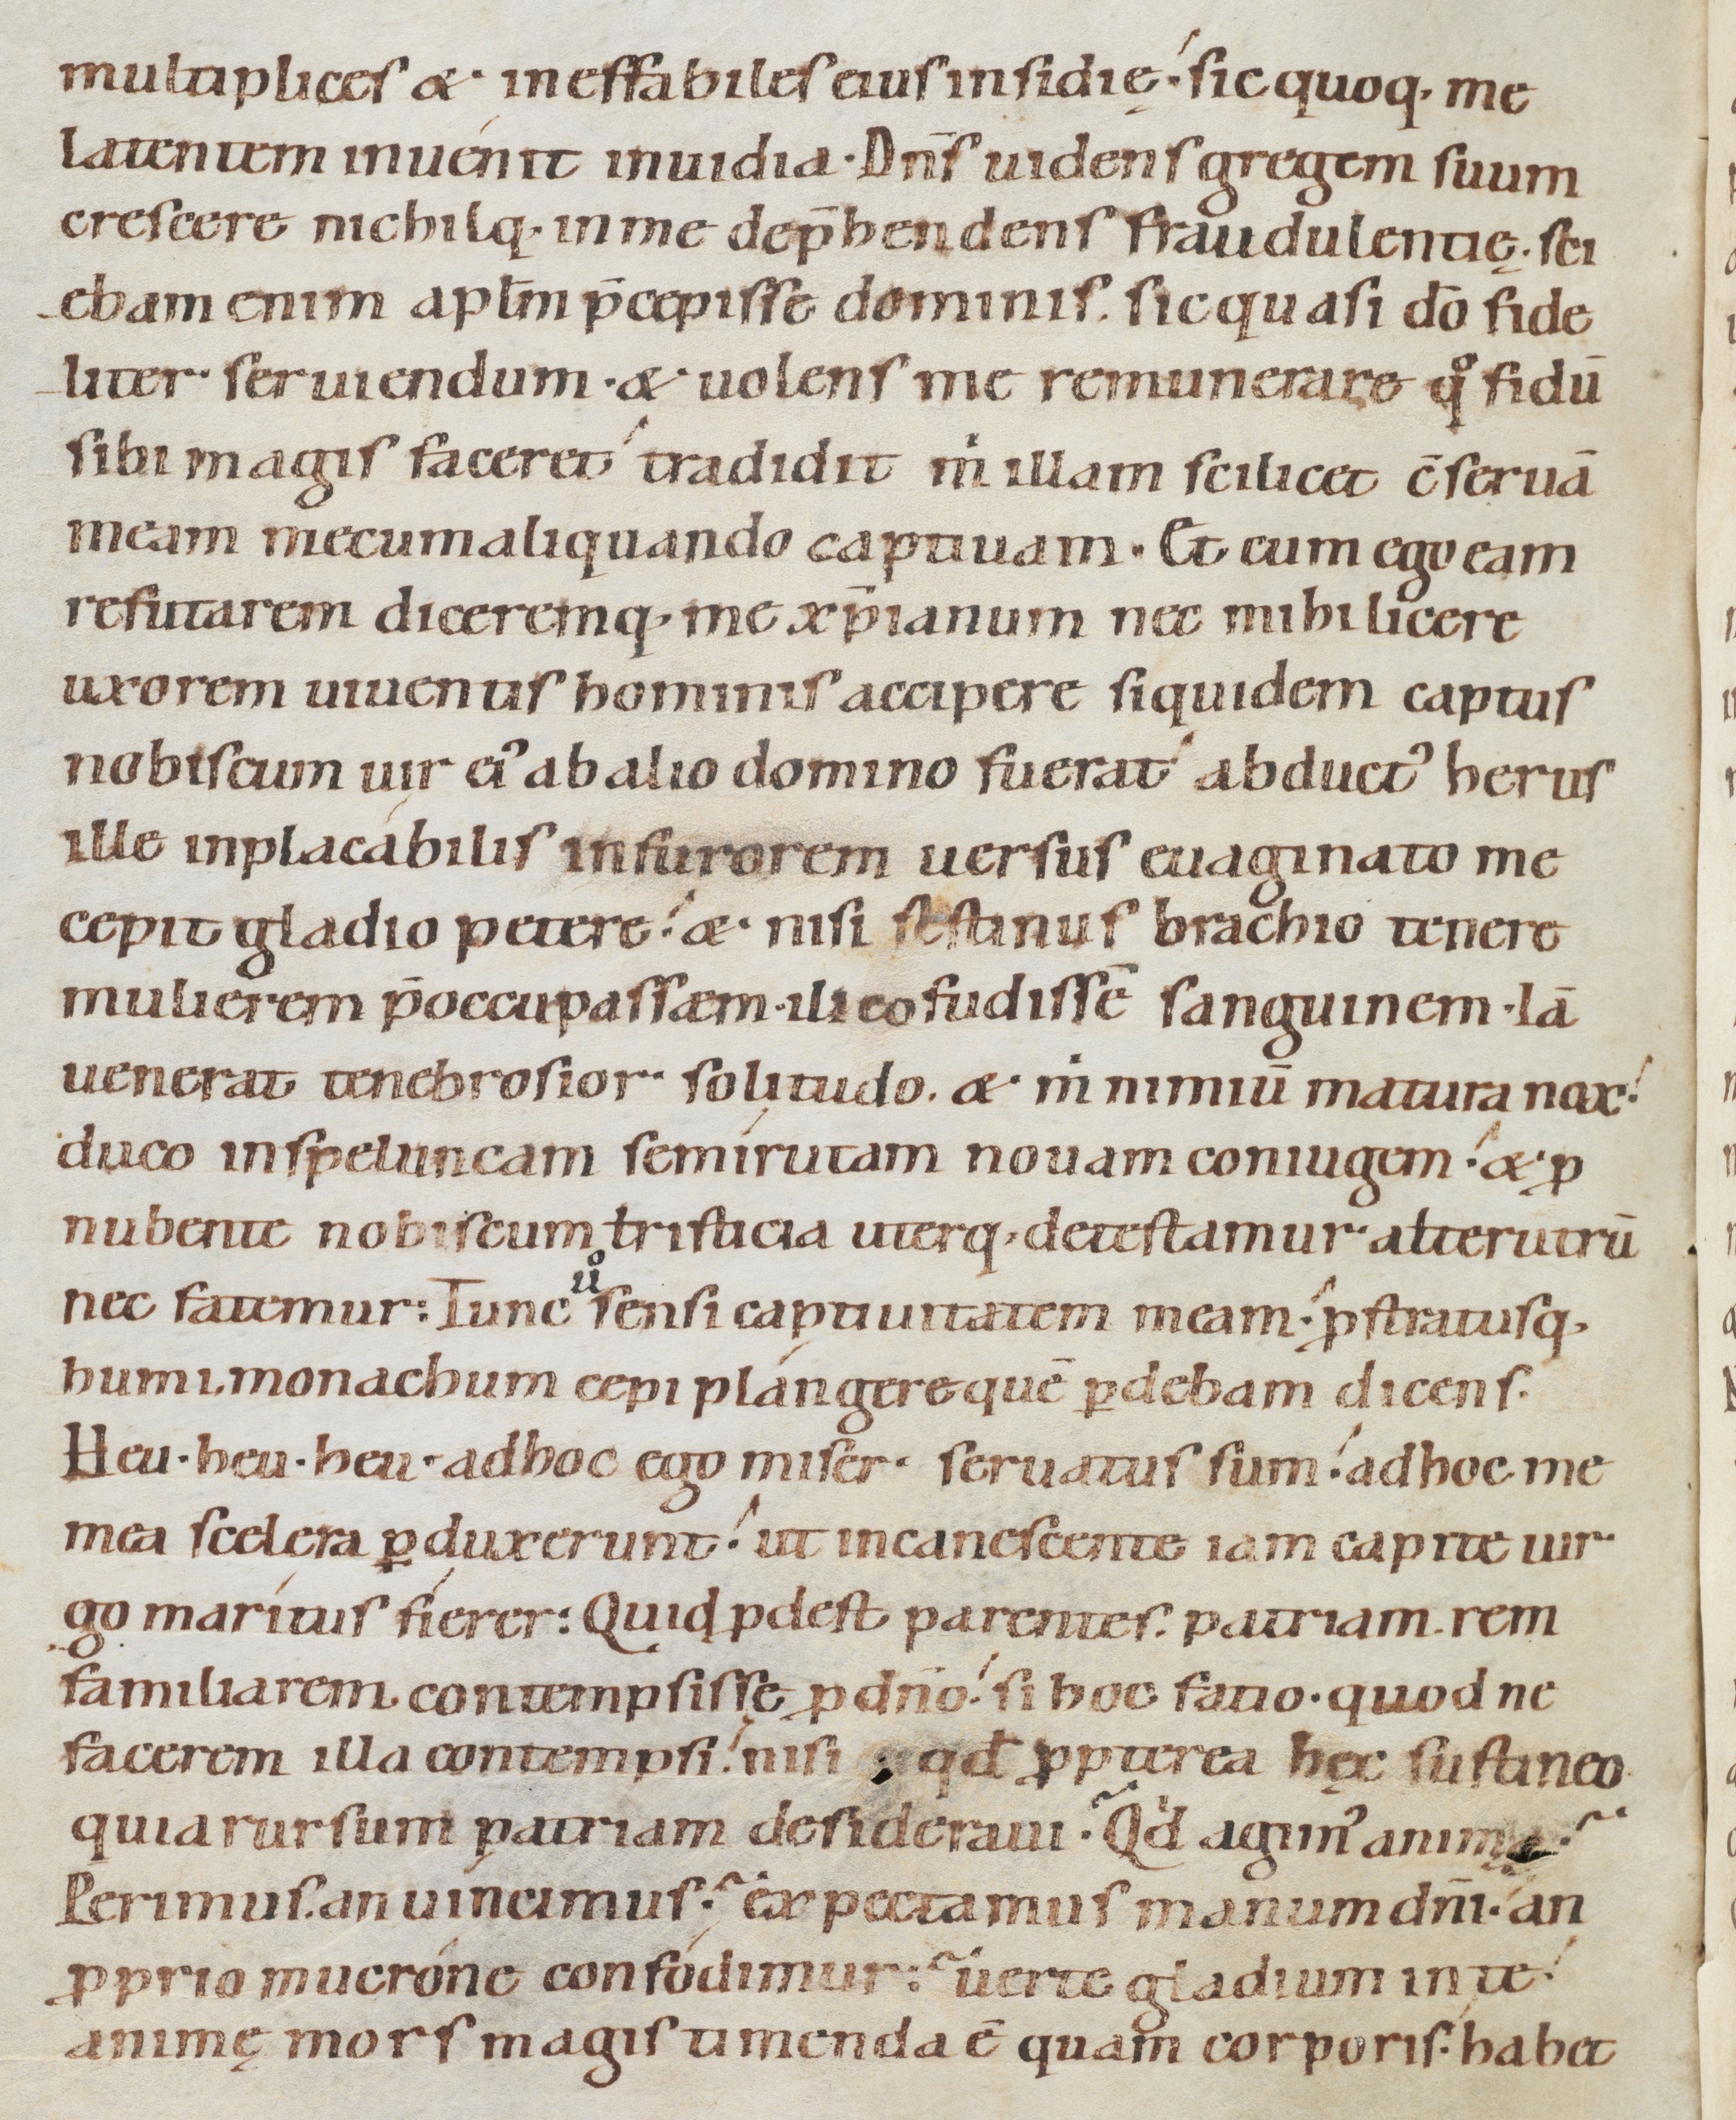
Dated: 1080–1096